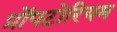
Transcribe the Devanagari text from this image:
प्रोंपटोरियम